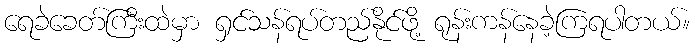
ရေခဲခေတ်ကြီးထဲမှာ ရှင်သန်ရပ်တည်နိုင်ဖို့ ရုန်းကန်နေခဲ့ကြရပါတယ်။